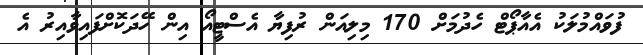
ފުވައްމުލަކު އެއާޕޯޓް ހެދުމަށް 170 މިލިއަން ރުފިޔާ އެސްޓީއޯ އިން ހޭދަކޮށްފައިވާއިރު އެ